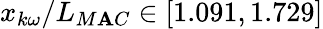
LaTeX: x_{k\omega}/L_{M\mathbf{A}C}\in[1.091,1.729]